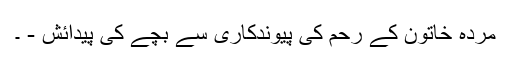
مردہ خاتون کے رحم کی پیوندکاری سے بچے کی پیدائش - ۔